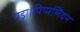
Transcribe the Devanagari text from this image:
पड़ा।पिप्पलिवन